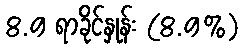
8.9 ရာခိုင်နှုန်း (8.9%)